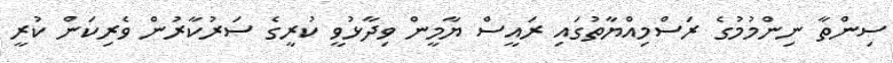
ސިންތާ ނިންމުމުގެ ރަސްމިއްޔާތުގައި ރައީސް ޔާމީން ވިދާޅުވީ ކުރީގެ ސަރުކާރުން ވެރިކަން ކުރީ